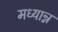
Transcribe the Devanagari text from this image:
मध्यान्न